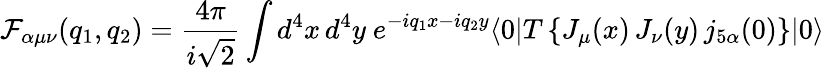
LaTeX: {\cal{F}}_{\alpha\mu\nu}(q_{1},q_{2})=\frac{4\pi}{i\sqrt{2}}\int d^{4}x\, d^{4}y\ e^{-iq_{1}x-iq_{2}y}\langle 0|T\left\{ J_{\mu}(x)\, J_{\nu}(y)\, j_{5\alpha}(0)\right\} |0\rangle